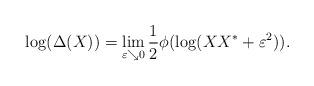
LaTeX: \begin{align*}\log(\Delta(X)) = \lim_{\varepsilon \searrow 0} \frac{1}{2}\phi(\log(X X^\ast+\varepsilon^2)).\end{align*}